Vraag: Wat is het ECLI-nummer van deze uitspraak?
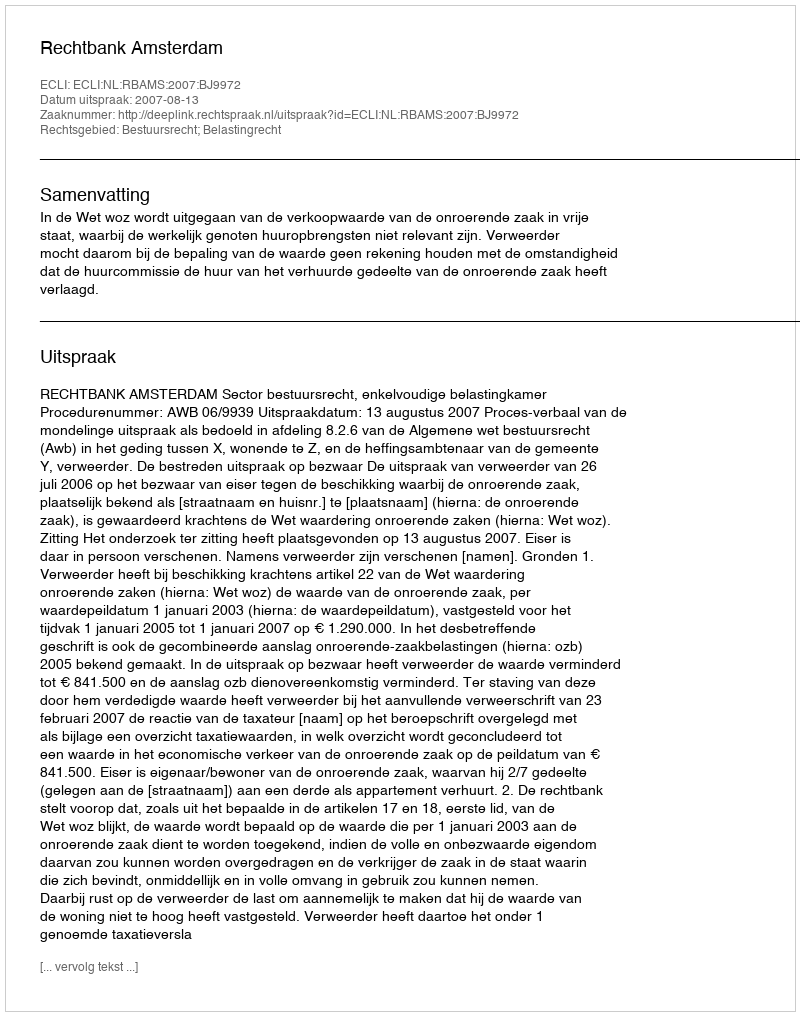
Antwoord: ECLI:NL:RBAMS:2007:BJ9972